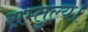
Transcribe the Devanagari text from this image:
सम्तुल्य।